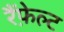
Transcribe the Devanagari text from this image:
रैंफ़ेल्ट